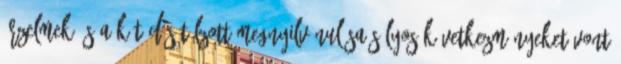
érzelmek és a kötődés túlzott megnyilvánulása súlyos következményeket vont